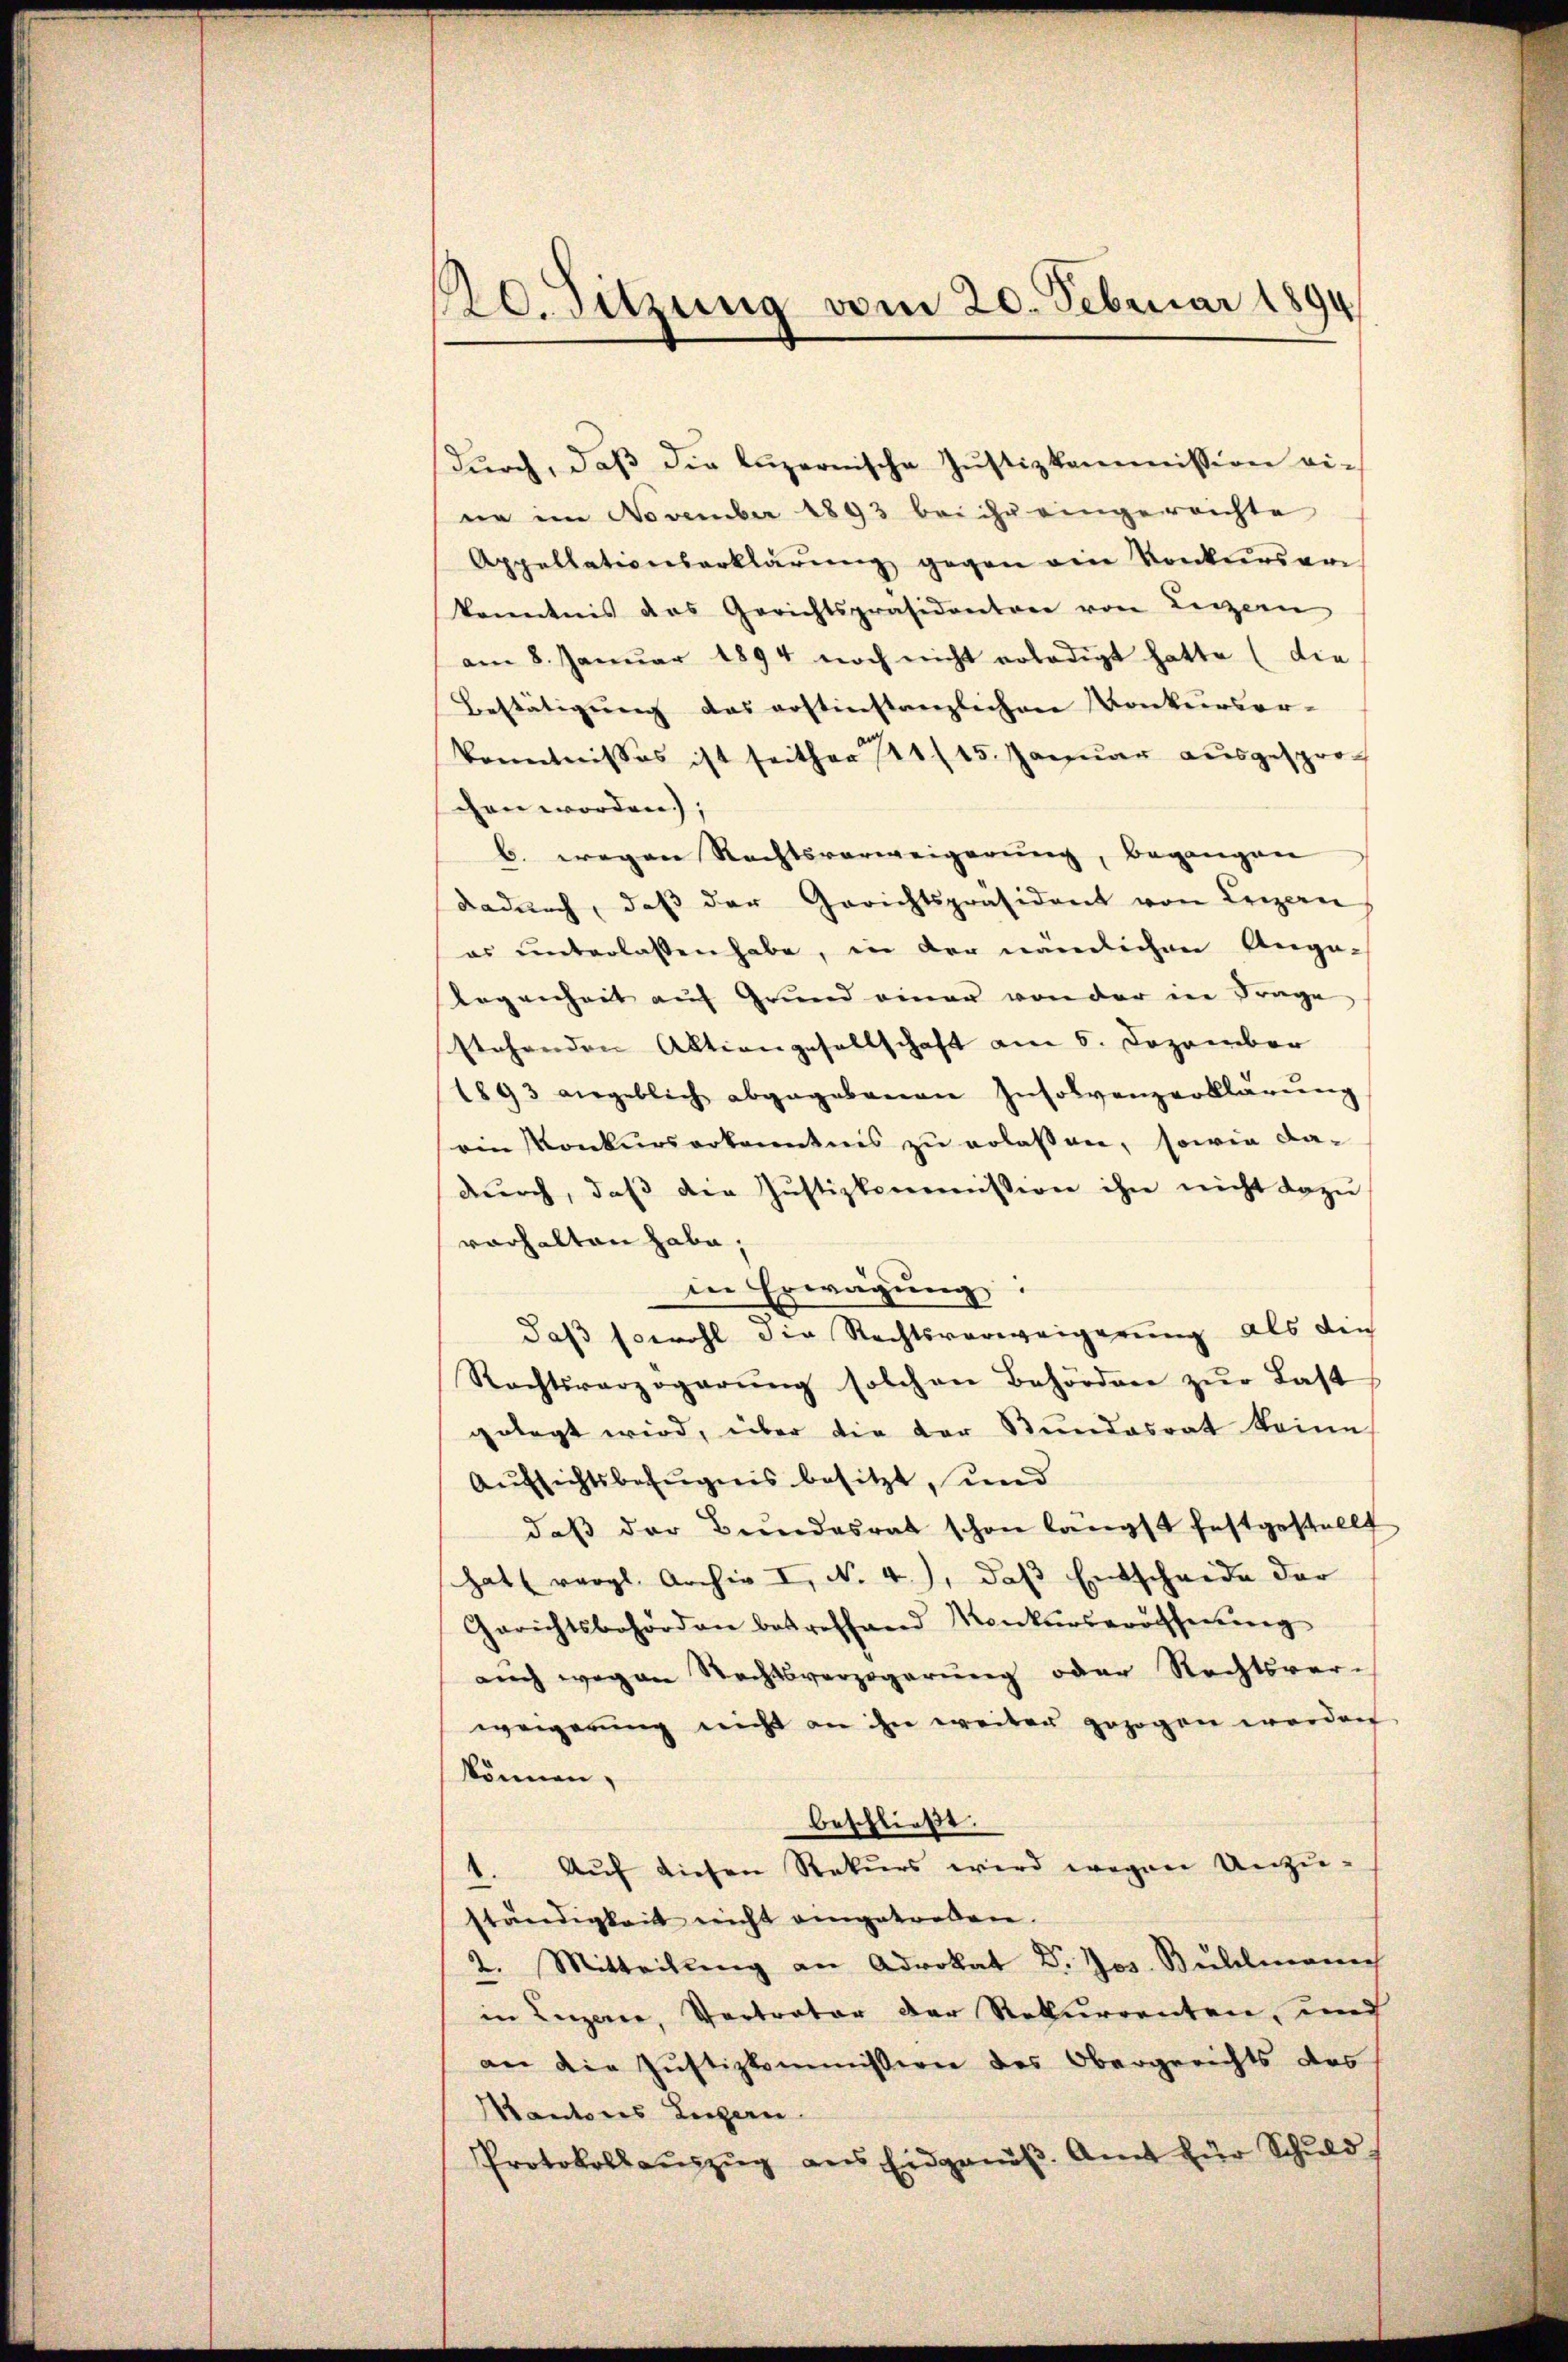
20. Sitzung vom 20. Februar 1894

dŭrch, daβ die luzernische Justizkommission eine im November 1893 bei ihr eingereichte
Appellationserklärŭng gegen ein Konkurser
kanntnis das Gerichtspräsidenten von Luzern
am 8. Januar 1894 noch nicht erledigt hatte (die
Bestätigung das erstinstanzlichen Konkursor-
konntnisses ist seither 141 (15. Januar ausgesprochen worden;
b. wegen Rechtsverweigerung, begangen
dadŭrch, daβ der Gerichtspräsident von Luzern
es unterlassen habe, in der nämlichen Ange-
Gegenheit auf Grund einer von der in Frage
stehenden Aktiengesellschaft am 6. Dezember
1893 angeblich abgegebenen Insolvenzerklärŭng
ein Konkurserkanntnis zu erlaßen, sowie dadŭrch, daβ die Justizkommission ihn nicht dazu
vorhalten habe;
in Erwägŭng:
daß sowohl die Rechtsverweigerung als den
Rechtsverzögerŭng solchen Behörden zŭr Last
gelegt wird, über die der Bundesrat keine
Aŭfsichtsbefugnis besitzt, und
daß der Bundesrat schon längst festgestellt
hat (vergl. Archiv I, N. 4), daβ Entscheide der
Gerichtsbehörden betreffend Konkursprocherung
auch wegen Rechtsverzögerung oder Rechtsver-
weigerung nicht an ihn weiter gezogen worden
können,
beschließt:
1. Auf diesen Rekurs wird wegen Unzu-
ständigkeit nicht angetreten.
2. Mitteilung an Advokat Dr. Jos. Bulelmann
in Luzerne, Vertrator der Rekurrenten, und
an die Justizkommission des Obergerichts das
Kantons Luzern
Protokoll aŭszŭg ans Eidgenöβ. Amt für Schŭld-